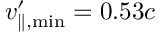
v _ { \parallel , \mathrm { { m i n } } } ^ { \prime } = 0 . 5 3 c